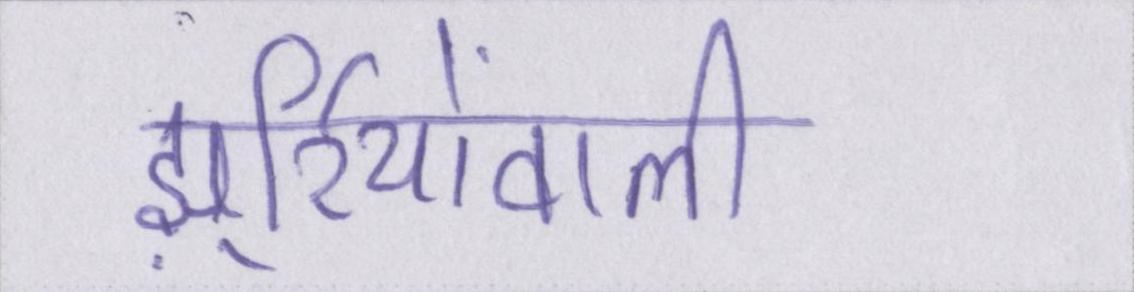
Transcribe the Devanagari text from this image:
झुर्रियोंवाली